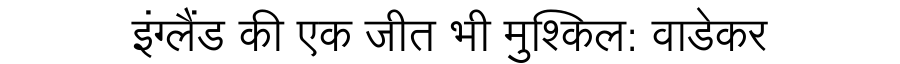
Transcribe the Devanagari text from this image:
इंग्लैंड की एक जीत भी मुश्किल: वाडेकर